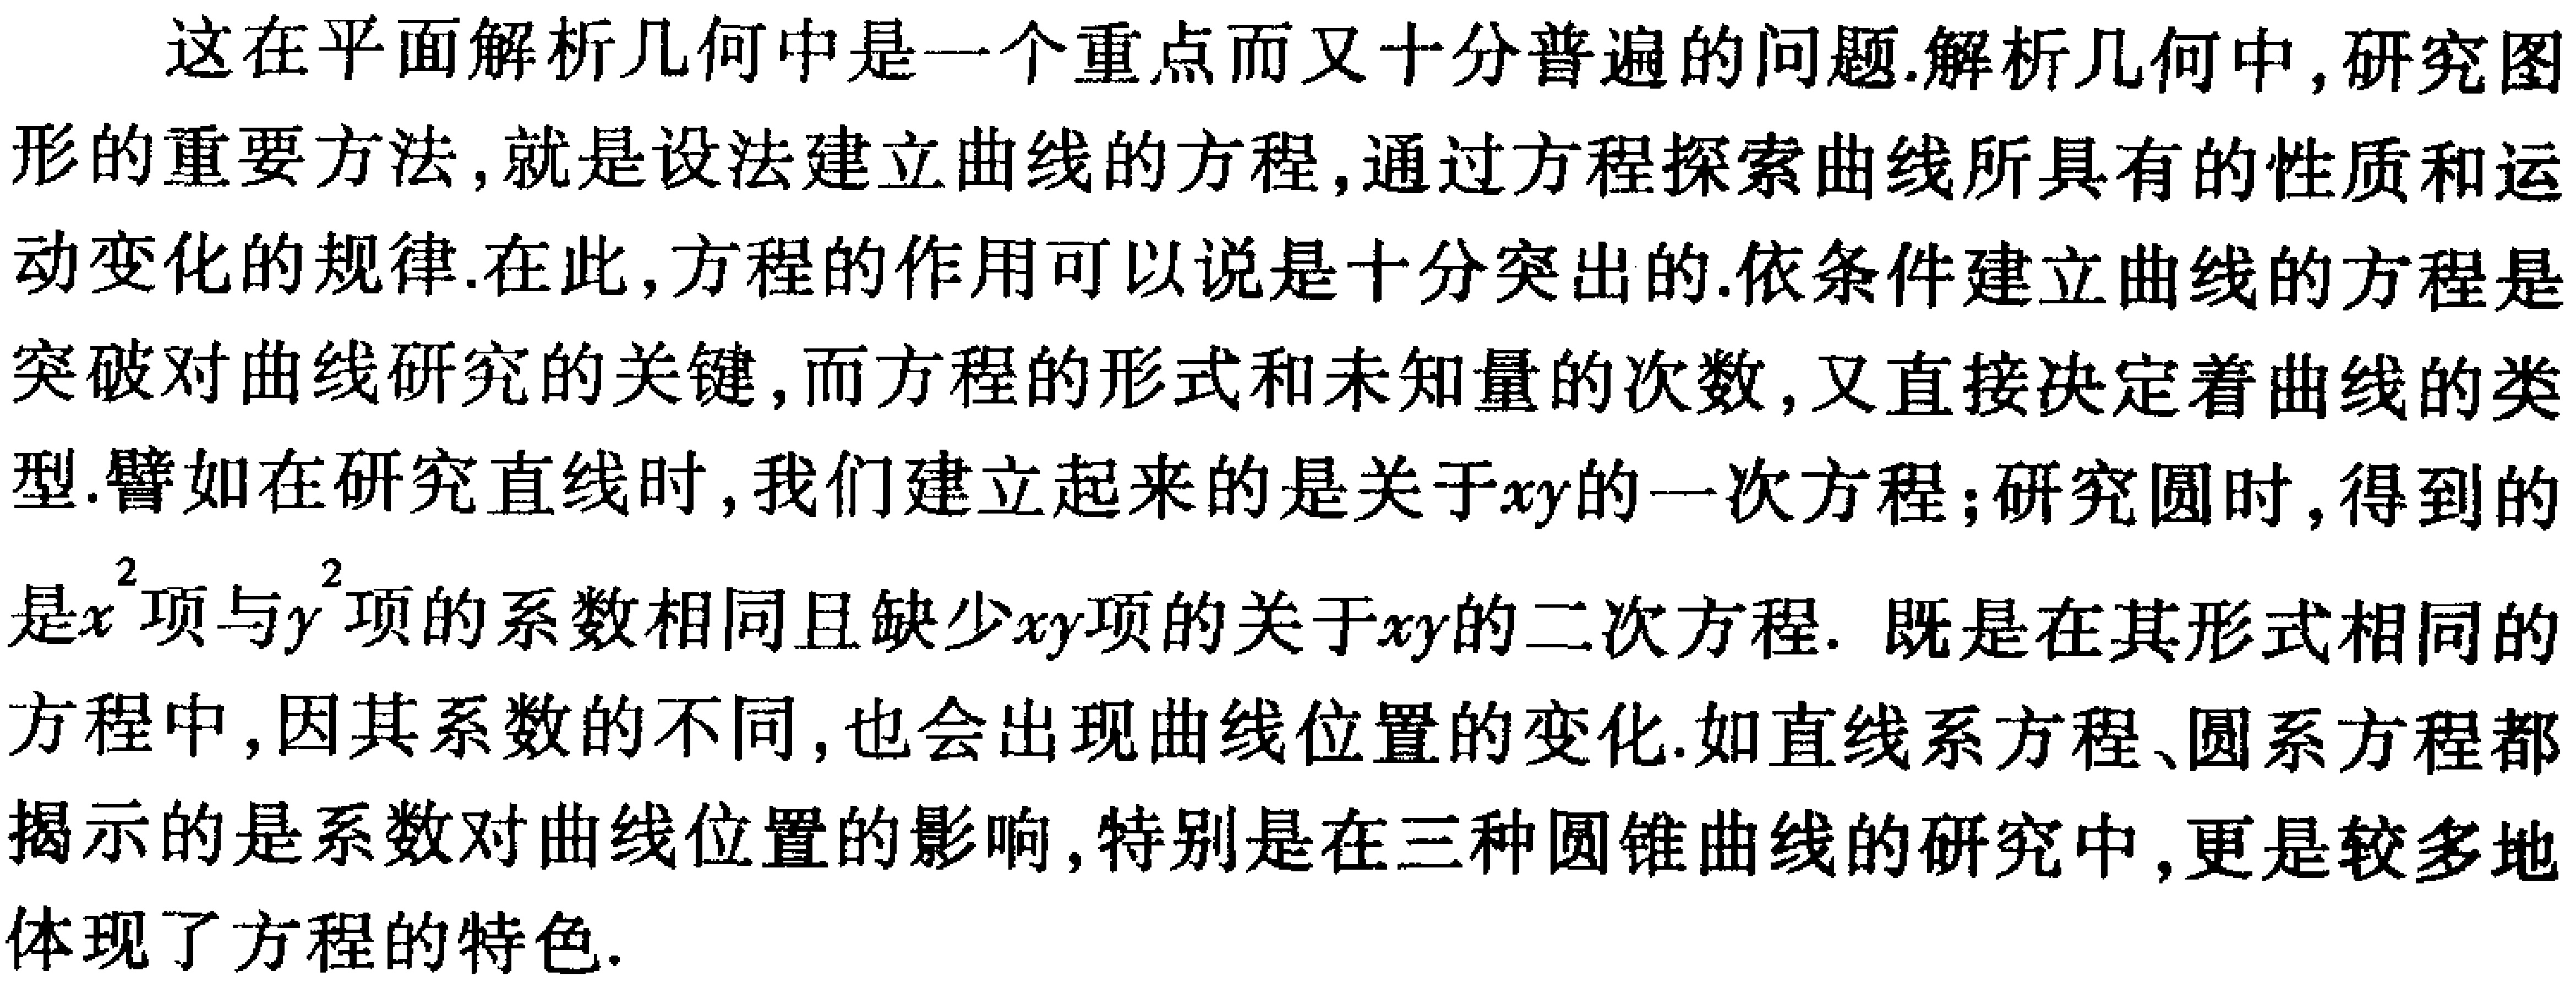
这在平面解析几何中是一个重点而又十分普遍的问题.解析几何中,研究图形的重要方法,就是设法建立曲线的方程,通过方程探索曲线所具有的性质和运动变化的规律.在此,方程的作用可以说是十分突出的.依条件建立曲线的方程是突破对曲线研究的关键,而方程的形式和未知量的次数,又直接决定着曲线的类型.譬如在研究直线时,我们建立起来的是关于\(x,y\)的一次方程；研究圆时,得到的是\(x^{2}\)项与\(y^{2}\)项的系数相同且缺少\(xy\)项的关于\(x,y\)的二次方程. 既是在其形式相同的方程中,因其系数的不同,也会出现曲线位置的变化.如直线系方程、圆系方程都揭示的是系数对曲线位置的影响,特别是在三种圆锥曲线的研究中,更是较多地体现了方程的特色.